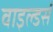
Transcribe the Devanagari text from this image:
वाइल्डर्स